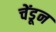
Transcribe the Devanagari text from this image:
चेंडून